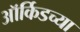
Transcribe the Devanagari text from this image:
ऑर्किडच्या